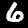
Digit: 6